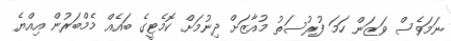
ނަމަވެސް ވަޒަން ހަމަ ފުރުސަތު މުއާޒަށް ދިނުމަށް ކޮމެޓީގެ ބައެއް މެމްބަރުން އިއްޔެ